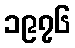
၁၉၇၆